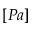
[ P a ]